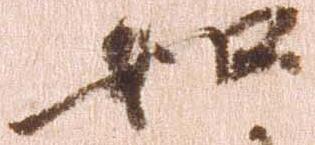
如